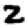
Digit: 2